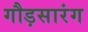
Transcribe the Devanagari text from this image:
गौड़सारंग